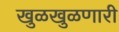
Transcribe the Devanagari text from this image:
खुळखुळणारी